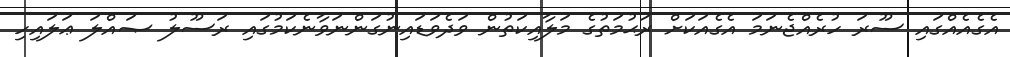
އެގެއެއްގައި ސޫރަ ހުރެއްޖެނަމަ އެގެއަކަށް ރަޙުމަތުގެ މަލާއިކަތުން ވަދެވަޑައިނުގަންނަވާނެކަމުގައި ރަސޫލު ޞައްލަ ޢަލައިހި